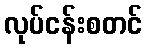
လုပ်ငန်းစတင်